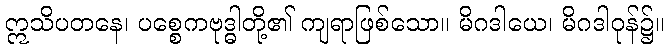
ဣသိပတနေ၊ ပစ္စေကဗုဒ္ဓါတို့၏ ကျရာဖြစ်သော။ မိဂဒါယေ၊ မိဂဒါဝုန်၌။